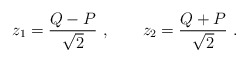
\begin{align*}z_1=\frac{Q-P}{\sqrt{2}} \ ,\qquad z_2=\frac{Q+P}{\sqrt{2}} \ .\end{align*}